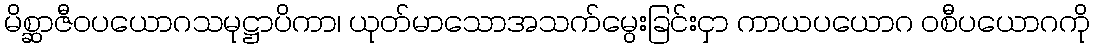
မိစ္ဆာဇီဝပယောဂသမုဋ္ဌာပိကာ၊ ယုတ်မာသောအသက်မွေးခြင်းငှာ ကာယပယောဂ ဝစီပယောဂကို